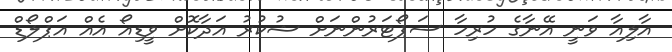
އާލިއާ ވަނީ އޭނާގެ ހުރިހާ ސަޕޯޓަރުންނަށް ޝުކުރު އަދާކޮށް ވީޑިއޯ އެއް އަޕްލޯޑް